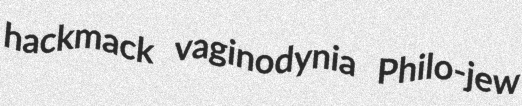
hackmack vaginodynia Philo-jew